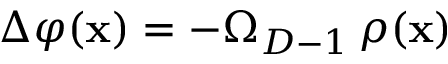
\Delta \varphi ( { \bf x } ) = - \Omega _ { D - 1 } \, \rho ( { \bf x } )